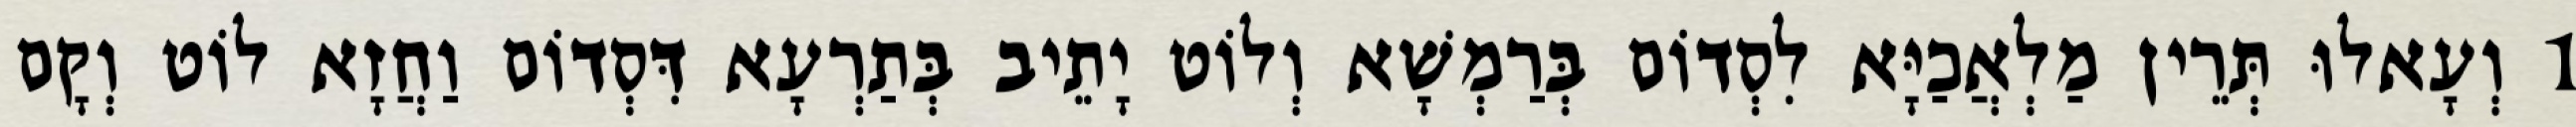
1 וְעָאלוּ תְּרֵין מַלְאֲכַיָּא לִסְדוֹם בְּרַמְשָׁא וְלוֹט יָתֵיב בְּתַרְעָא דִּסְדוֹם וַחֲזָא לוֹט וְקָם